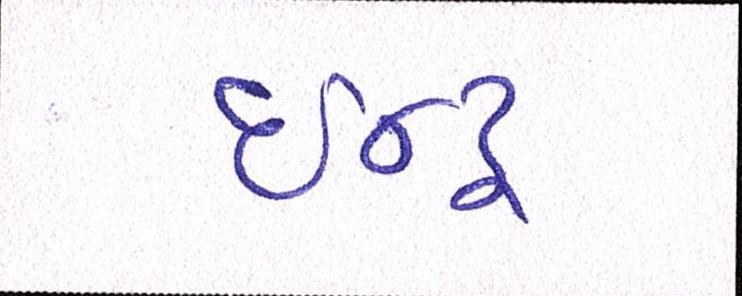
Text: ઈન્દ્ર